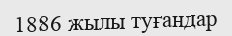
1886 жылы туғандар